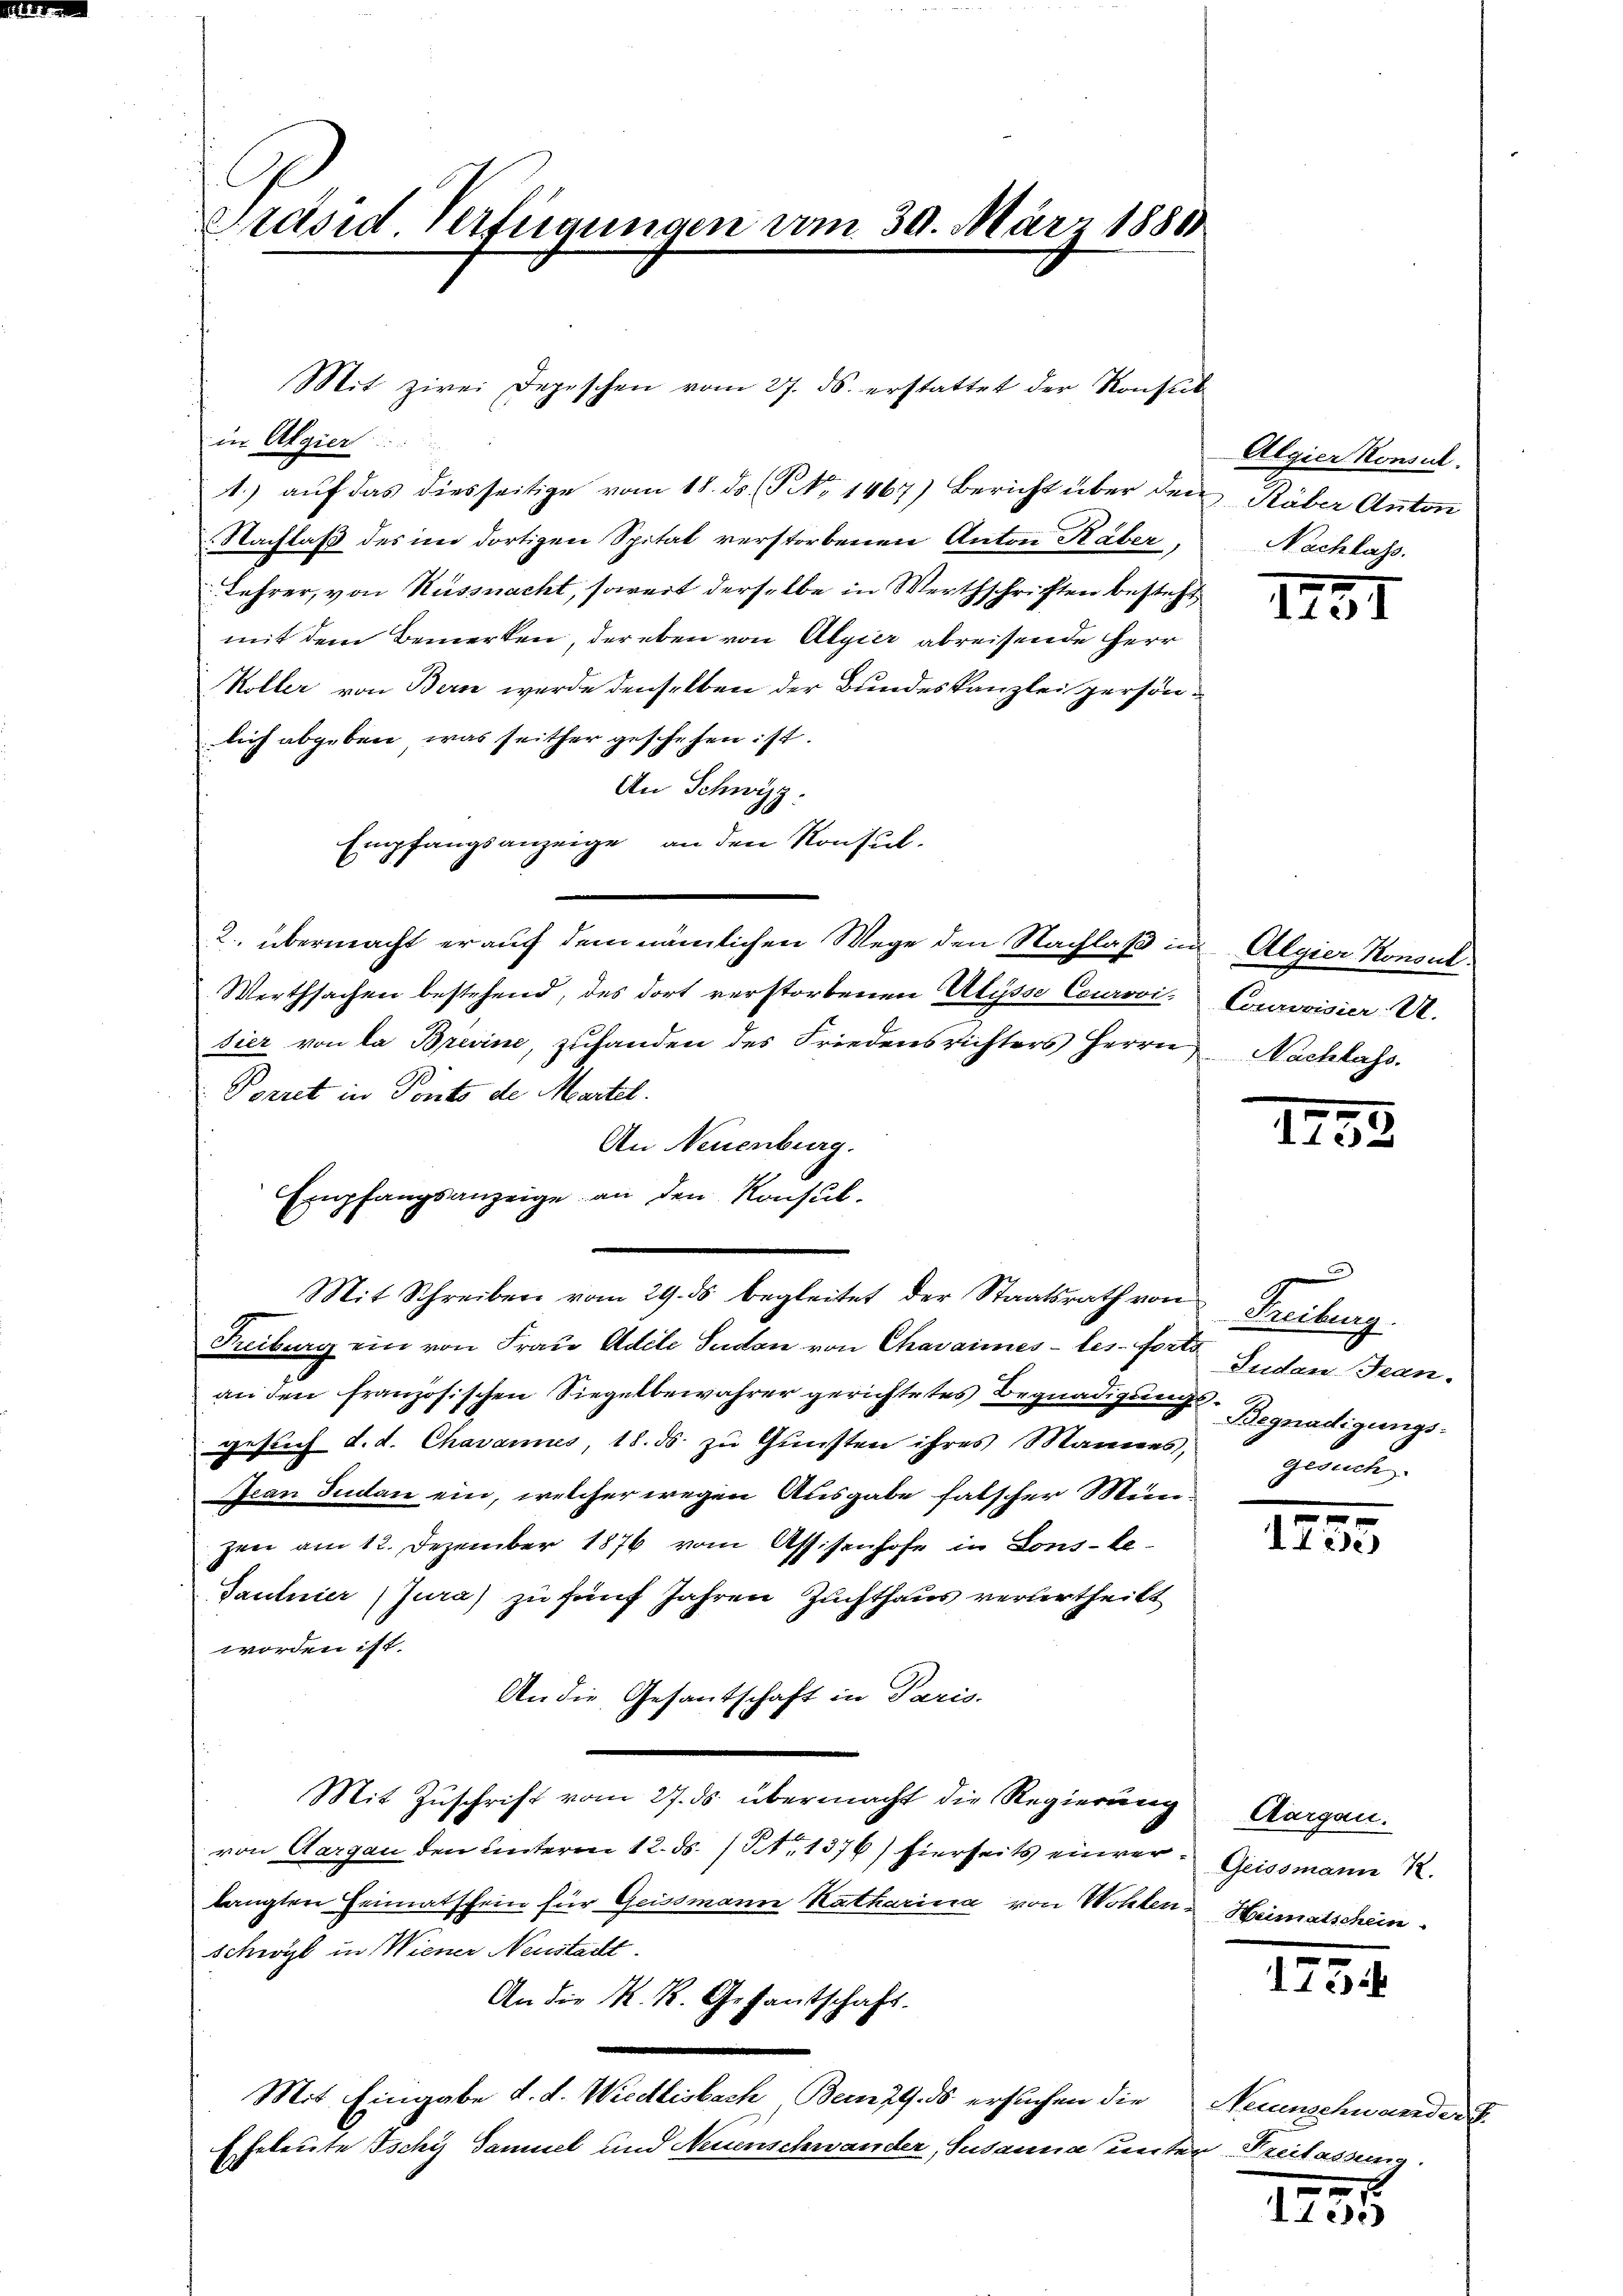
Präsid Verfügungen vom 30. März 1880

in Algier
1.) auf das diesseitige vom 18. ds. (T No 1467) Bericht über den Räber Anton
Nachlaß des im dortigen Spital verstorbenen Anton Häber
Lehrer, von Küssnacht, soweit derselbe in Werthschriften besteht
mit dem Bemerken, der eben von Algier abreisende Herr
Koller von Bern werde denselben der Bundeskanzlei persönlich abgeben, was seither geschehen ist.
An Schwyz.
Empfangsanzeige, an den Konsul
2. übermacht er auf dem nämlichen Wege den Nachlaß in Algier Konsul
Werthsachen bestehend, des dort verstorbenen Alisse Courovi-Courovisier. U.
sier von da Brevine, zufanden des Friedensrichters Herrn Nachlass.
Porret in Ponto de Martel.
An Neuenburg.
Empfangsanzeige an den Konsul-
Freiburg ein von Frau Adele Sudon von Chavaimes-les-Forts
an den französischen Siegelbewahrer gerichtetes Begnadigŭngs-Begnadigungs-
gesuch d. d. Chavannes, 18. ds. zu Gunsten ihres Mannes,
Ican Judan ein, welcher wegen Ausgabe falscher Mün-
zen am 12. Dezember 1876 vom Assisenhofe in Lons-Le
Tautnier (Jura) zu fünf Jahren Zuchthaus verlertheilt
worden ist.
An die Gesantschaft in Paris.
Mit Zuschrift vom 27. ds. übermacht die Regierung
von Aargau den unterm 12. ds. / No 1376) hierseits einver- Geissmann R.
langten Heimatschein für Geissmann Katharina von Wohlen-Heimatschein.
schwyl in Wiener Neustacht.
An die M. R. Gesantschaft.
Mit Eingabe d. d. Wiedlisbach, Bern 29. ds ersuchen die Neuenschwander
E geleute Ischy Samuel und Neuenschwander, Susanna unter Freilassen.
E

Mit zwei Depeschen vom 27. ds. erstattet der Konseit

Mit Schreiben vom 29. ds begleitet der Staatsrath von Freiburg.

Algier Konsul
Nachlass.

1291

1293

)
Judan Jean-
gerne

x
Aide

Aargau.

1734

x
e